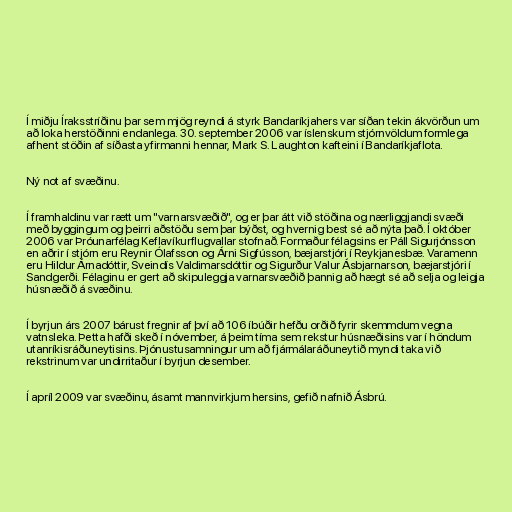
Í miðju Íraksstríðinu þar sem mjög reyndi á styrk Bandaríkjahers var síðan tekin ákvörðun um
að loka herstöðinni endanlega. 30. september 2006 var íslenskum stjórnvöldum formlega
afhent stöðin af síðasta yfirmanni hennar, Mark S. Laughton kafteini í Bandaríkjaflota.

Ný not af svæðinu.

Í framhaldinu var rætt um "varnarsvæðið", og er þar átt við stöðina og nærliggjandi svæði
með byggingum og þeirri aðstöðu sem þar býðst, og hvernig best sé að nýta það. Í október
2006 var Þróunarfélag Keflavíkurflugvallar stofnað. Formaður félagsins er Páll Sigurjónsson
en aðrir í stjórn eru Reynir Ólafsson og Árni Sigfússon, bæjarstjóri í Reykjanesbæ. Varamenn
eru Hildur Árnadóttir, Sveindís Valdimarsdóttir og Sigurður Valur Ásbjarnarson, bæjarstjóri í
Sandgerði. Félaginu er gert að skipuleggja varnarsvæðið þannig að hægt sé að selja og leigja
húsnæðið á svæðinu.

Í byrjun árs 2007 bárust fregnir af því að 106 íbúðir hefðu orðið fyrir skemmdum vegna
vatnsleka. Þetta hafði skeð í nóvember, á þeim tíma sem rekstur húsnæðisins var í höndum
utanríkisráðuneytisins. Þjónustusamningur um að fjármálaráðuneytið myndi taka við
rekstrinum var undirritaður í byrjun desember.

Í apríl 2009 var svæðinu, ásamt mannvirkjum hersins, gefið nafnið Ásbrú.